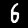
Label: 6